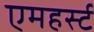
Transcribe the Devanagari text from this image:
एमहर्स्‍ट